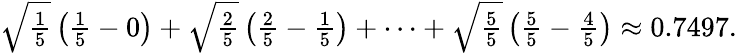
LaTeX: \textstyle{\sqrt{\frac{1}{5}}}\left({\frac{1}{5}}-0\right)+{\sqrt{\frac{2}{5}}}\left({\frac{2}{5}}-{\frac{1}{5}}\right)+\cdots+{\sqrt{\frac{5}{5}}}\left({\frac{5}{5}}-{\frac{4}{5}}\right)\approx 0.7497.